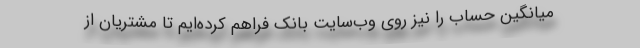
میانگین حساب را نیز روی وب‌سایت بانک فراهم کرده‌ایم تا مشتریان از